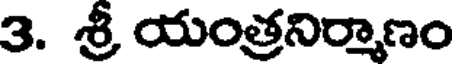
3. శ్రీ యంత్రనిర్మాణం